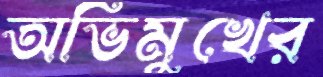
অভিমুখের